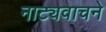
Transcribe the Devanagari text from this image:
नाट्यवाचने